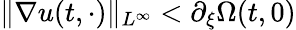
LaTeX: \| \nabla u(t,\cdot)\| _{L^{\infty}}<\partial_{\xi}\Omega(t,0)